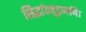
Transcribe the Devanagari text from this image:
सिद्धांतचूड़ामणि।